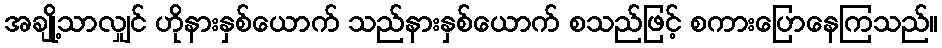
အချို့သာလျှင် ဟိုနားနှစ်ယောက် သည်နားနှစ်ယောက် စသည်ဖြင့် စကားပြောနေကြသည်။